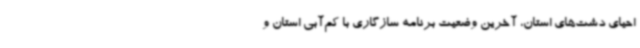
احیای دشت‌های استان، آخرین وضعیت برنامه سازگاری با کم‌آبی استان و